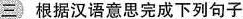
三 根据汉语意思完成下列句子